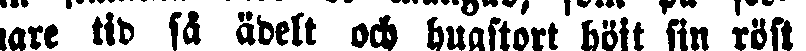
nare tid så ädelt och hugstort höjt sin röst